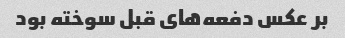
بر عکس دفعه‌های قبل سوخته بود